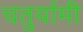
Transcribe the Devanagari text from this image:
चतुर्यामी